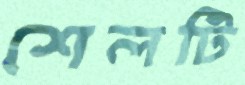
শেলটি